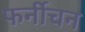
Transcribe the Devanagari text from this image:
फर्नीचन